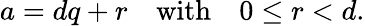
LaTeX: a=dq+r\quad{\mathrm{with}}\quad 0\leq r<d.